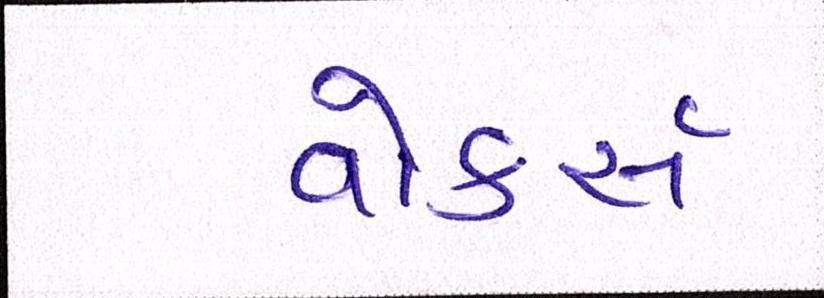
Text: વોકર્સ